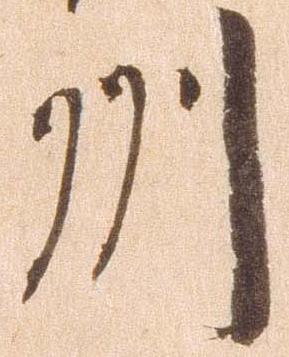
州